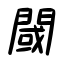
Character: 閾